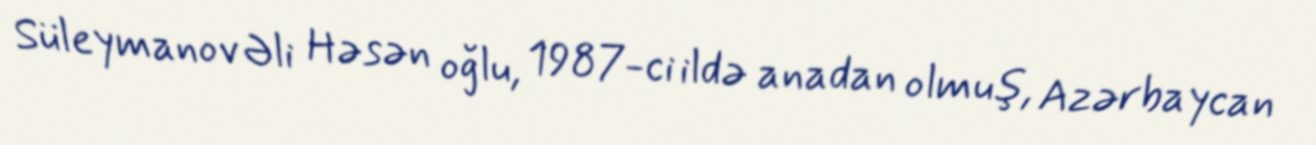
Süleymanov Əli Həsən oğlu, 1987-ci ildə anadan olmuş, Azərbaycan